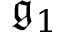
{ \mathfrak { g } } _ { 1 }